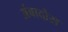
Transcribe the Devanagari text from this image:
अंबादोस